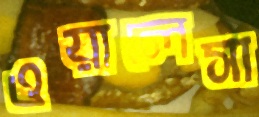
ওয়ালেসা